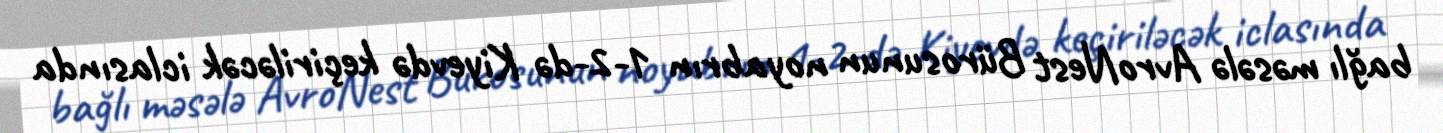
bağlı məsələ AvroNest Bürosunun noyabrın 1-2-də Kiyevdə keçiriləcək iclasında